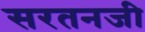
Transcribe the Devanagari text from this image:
सरतनजी